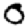
Digit: 0